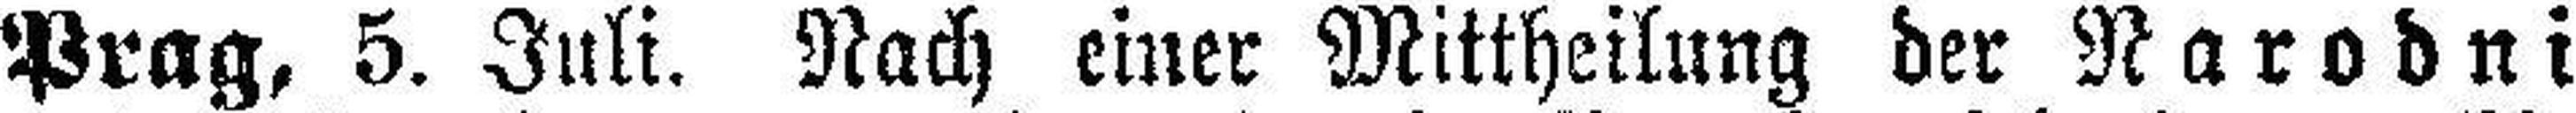
Prag, 5. Juli. Nach einer Mittheilung der Narodni